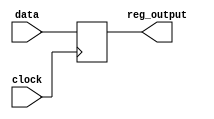
module register(
    input data,
    input clock,
    output reg_output
);

// Register declaration
reg reg_output;

always @ (posedge clock) begin
    // Loading new data into the register at the rising edge of the clock
    reg_output <= data;
end

endmodule